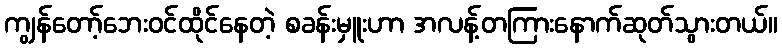
ကျွန်တော့်ဘေးဝင်ထိုင်နေတဲ့ စခန်းမှူးဟာ အလန့်တကြားနောက်ဆုတ်သွားတယ်။